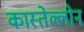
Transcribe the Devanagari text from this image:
कास्तेल्लोन